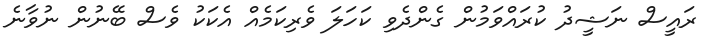
ރައީސް ނަޝީދު ކުރައްވަމުން ގެންދެވި ކަހަލަ ވެރިކަމެއް އެކަކު ވެސް ބޭނުން ނުވާނެ